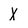
Character: X